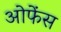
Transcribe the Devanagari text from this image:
ओफेंस